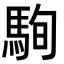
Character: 駨